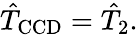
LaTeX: \hat{T}_{\mathrm{CCD}}=\hat{T}_{2}.